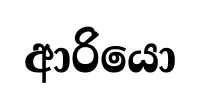
ආරියො